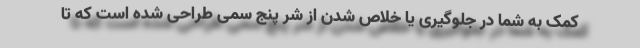
کمک به شما در جلوگیری یا خلاص شدن از شر پنج سمی طراحی شده است که تا